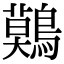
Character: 𪅐